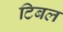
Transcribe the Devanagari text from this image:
टिबल